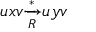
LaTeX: u x v { \xrightarrow [ { R } ] { * } } u y v